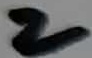
Text: 2